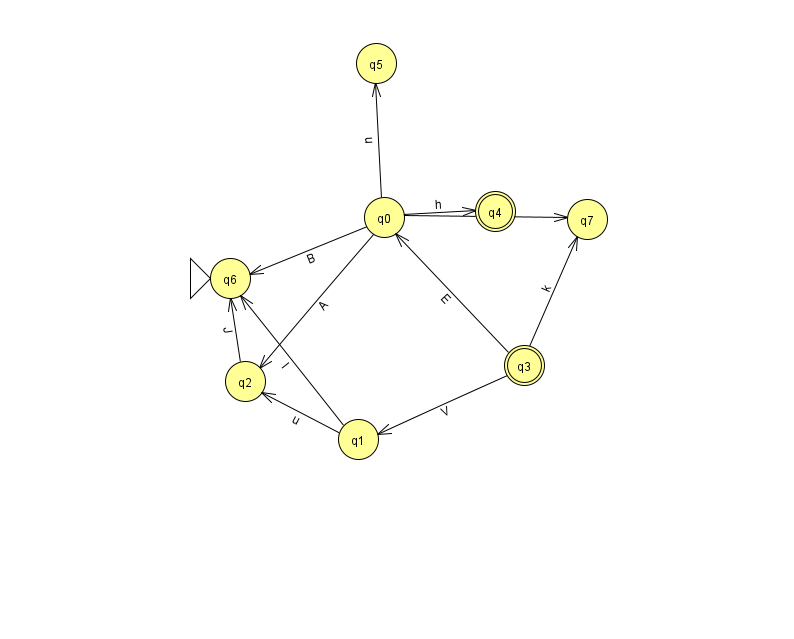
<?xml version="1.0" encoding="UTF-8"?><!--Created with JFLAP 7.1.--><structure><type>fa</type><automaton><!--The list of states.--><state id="0" name="q0"><x>384.0</x><y>204.0</y></state><state id="1" name="q1"><x>358.0</x><y>426.0</y></state><state id="2" name="q2"><x>245.0</x><y>368.0</y></state><state id="3" name="q3"><x>524.0</x><y>352.0</y><final/></state><state id="4" name="q4"><x>495.0</x><y>198.0</y><final/></state><state id="5" name="q5"><x>376.0</x><y>50.0</y></state><state id="6" name="q6"><x>230.0</x><y>265.0</y><initial/></state><state id="7" name="q7"><x>587.0</x><y>206.0</y></state><!--The list of transitions.--><transition><from>0</from><to>4</to><read>h</read></transition><transition><from>3</from><to>0</to><read>E</read></transition><transition><from>0</from><to>7</to><read>r</read></transition><transition><from>2</from><to>6</to><read>J</read></transition><transition><from>0</from><to>6</to><read>B</read></transition><transition><from>0</from><to>5</to><read>u</read></transition><transition><from>3</from><to>1</to><read>V</read></transition><transition><from>3</from><to>7</to><read>k</read></transition><transition><from>0</from><to>2</to><read>A</read></transition><transition><from>1</from><to>2</to><read>u</read></transition><transition><from>1</from><to>6</to><read>l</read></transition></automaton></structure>